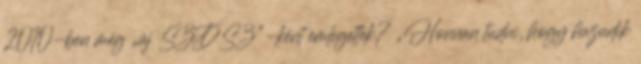
2010-ben még „új SZDSZ”-ként emlegettek? „Honnan tudni, hogy hazudik